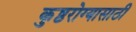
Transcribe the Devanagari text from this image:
कुष्ठरोग्यासाठी